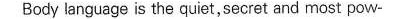
Body language is tne quiet,secret and most pow-